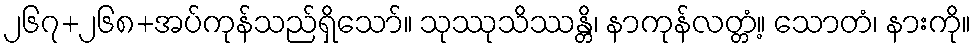
၂၆၇+၂၆၈+အပ်ကုန်သည်ရှိသော်။ သုဿုသိဿန္တိ၊ နာကုန်လတ္တံ့။ သောတံ၊ နားကို။